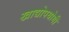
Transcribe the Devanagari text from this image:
खाद्योपयोगी